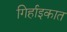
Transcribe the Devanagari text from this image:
गिर्हाइकात